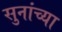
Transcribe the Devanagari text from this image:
सुनांच्या